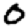
Digit: 0